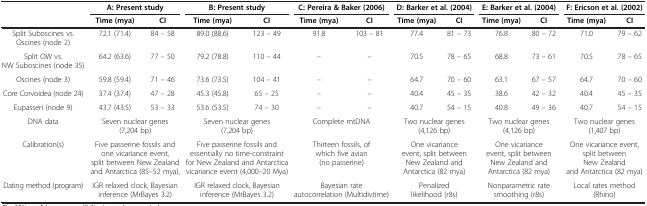
<table><thead><tr><td rowspan="2"><b> </b></td><td colspan="2"><b>A: Present study</b></td><td colspan="2"><b>B: Present study</b></td><td colspan="2"><b>C: Pereira &amp; Baker (2006)</b></td><td colspan="2"><b>D: Barker et al. (2004)</b></td><td colspan="2"><b>E: Barker et al. (2004)</b></td><td colspan="2"><b>F: Ericson et al. (2002)</b></td></tr><tr><td><b>Time (mya)</b></td><td><b>CI</b></td><td><b>Time (mya)</b></td><td><b>CI</b></td><td><b>Time (mya)</b></td><td><b>CI</b></td><td><b>Time (mya)</b></td><td><b>CI</b></td><td><b>Time (mya)</b></td><td><b>CI</b></td><td><b>Time (mya)</b></td><td><b>CI</b></td></tr></thead><tbody><tr><td>Split Suboscines vs. Oscines (node 2)</td><td>72.1 (71.4)</td><td>84 – 58</td><td>89.0 (88.6)</td><td>123 – 49</td><td>91.8</td><td>103 – 81</td><td>77.4</td><td>81 – 73</td><td>76.8</td><td>80 – 72</td><td>71.0</td><td>79 – 62</td></tr><tr><td>Split OW vs. NW Suboscines (node 35)</td><td>64.2 (63.6)</td><td>77 – 50</td><td>79.2 (78.8)</td><td>110 – 44</td><td>–</td><td>–</td><td>70.5</td><td>78 – 65</td><td>68.8</td><td>73 – 61</td><td>70.5</td><td>78 – 65</td></tr><tr><td>Oscines (node 3)</td><td>59.8 (59.4)</td><td>71 – 46</td><td>73.6 (73.5)</td><td>104 – 41</td><td>–</td><td>–</td><td>64.7</td><td>70 – 60</td><td>63.1</td><td>67 – 57</td><td>64.7</td><td>70 – 60</td></tr><tr><td>Core Corvoidea (node 24)</td><td>37.4 (37.4)</td><td>47 – 28</td><td>45.3 (45.8)</td><td>65 – 25</td><td>–</td><td>–</td><td>40.4</td><td>45 – 35</td><td>38.6</td><td>42 – 32</td><td>40.4</td><td>45 – 35</td></tr><tr><td>Eupasseri (node 9)</td><td>43.7 (43.5)</td><td>53 – 33</td><td>53.6 (53.5)</td><td>74 – 30</td><td>–</td><td>–</td><td>40.7</td><td>54 – 15</td><td>40.8</td><td>49 – 36</td><td>40.7</td><td>54 – 15</td></tr><tr><td>DNA data</td><td colspan="2">Seven nuclear genes (7,204 bp)</td><td colspan="2">Seven nuclear genes (7,204 bp)</td><td colspan="2">Complete mtDNA</td><td colspan="2">Two nuclear genes (4,126 bp)</td><td colspan="2">Two nuclear genes (4,126 bp)</td><td colspan="2">Two nuclear genes (1,407 bp)</td></tr><tr><td>Calibration(s)</td><td colspan="2">Five passerine fossils and one vicariance event, split between New Zealand and Antarctica (85–52 mya),</td><td colspan="2">Five passerine fossils and essentially no time-constraint for New Zealand and Antarctica vicariance event (4,000–20 Mya)</td><td colspan="2">Thirteen fossils, of which five avian (no passerine)</td><td colspan="2">One vicariance event, split between New Zealand and Antarctica (82 mya)</td><td colspan="2">One vicariance event, split between New Zealand and Antarctica (82 mya)</td><td colspan="2">One vicariance event, split between New Zealand and Antarctica (82 mya)</td></tr><tr><td>Dating method (program)</td><td colspan="2">IGR relaxed clock, Bayesian inference (MrBayes 3.2)</td><td colspan="2">IGR relaxed clock, Bayesian inference (MrBayes 3.2)</td><td colspan="2">Bayesian rate autocorrelation (Multidivtime)</td><td colspan="2">Penalized likelihood (r8s)</td><td colspan="2">Nonparametric rate smoothing (r8s)</td><td colspan="2">Local rates method (Rhino)</td></tr></tbody></table>